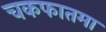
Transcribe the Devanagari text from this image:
चकफातमा